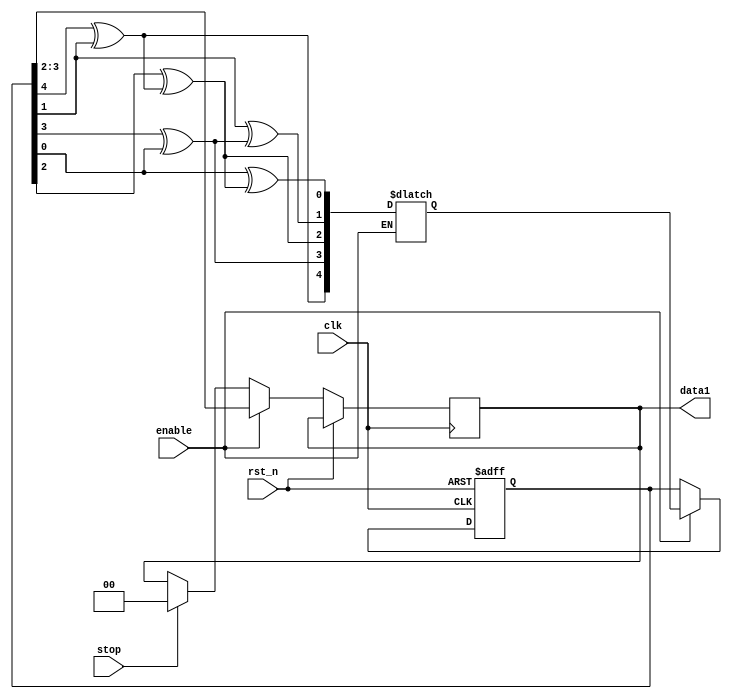
`timescale 1ns / 1ps
//////////////////////////////////////////////////////////////////////////////////
// Company: 
// Engineer: 
// 
// Design Name: 
// Module Name: LSFR
// Project Name: 
// Target Devices: 
// Tool Versions: 
// Description: 
// 
// Dependencies: 
// 
// Revision:
// Revision 0.01 - File Created
// Additional Comments:
// 
//////////////////////////////////////////////////////////////////////////////////

module LSFR(
  input clk,
  input rst_n,
  input enable,
   
  input stop,
  output reg [1:0] data1
    );
    
    reg [4:0] data;
    reg [4:0] data_next;
    
    always @(*) begin
      if (enable) begin
          data_next[4] = data[4]^data[1];
          data_next[3] = data[3]^data[0];
          data_next[2] = data[2]^data_next[4];
          data_next[1] = data[1]^data_next[3];
          data_next[0] = data[0]^data_next[2];
      end
    end
    
    always @(posedge clk or posedge rst_n)
          if(rst_n)
            data <= 5'h1f;
          //when not enabled, stop changin the numbers
          else if (enable) begin
           
            data <= data_next[4:0];
            data1 <= data[3:2];
          end
          //when given stop comman,d stop outputiing numbers in idle state
          else if(stop) begin 
            data1 <= 2'b00;
          end
endmodule